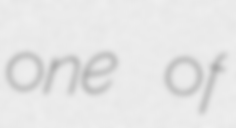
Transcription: one of